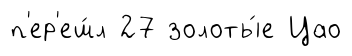
п'ер'еш́л 27 золоты́е Цао